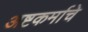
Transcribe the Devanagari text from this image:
अष्टकर्माचे